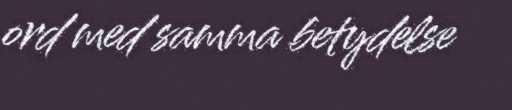
ord med samma betydelse